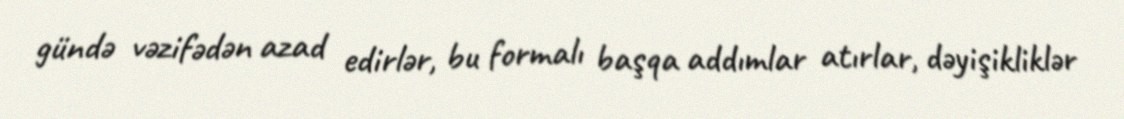
gündə vəzifədən azad edirlər, bu formalı başqa addımlar atırlar, dəyişikliklər